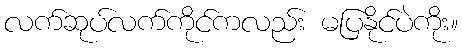
လက်ဆုပ်လက်ကိုင်ကလည်း မပြနိုင်ပဲကိုး။